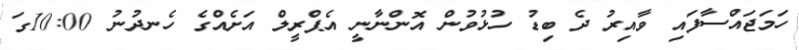
ހަމަޖައްސާފައި ވާއިރު ދެ ބިޑު ހުޅުވުން އޮންނާނީ އެޕްރީލް އަށެއްގެ ހެނދުނު 10:00ގަ